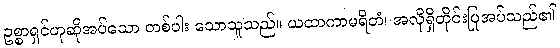
ဥစ္စာရှင်ဟုဆိုအပ်သော တစ်ပါး သောသူသည်။ ယထာကာမရိတံ၊ အလိုရှိတိုင်းပြုအပ်သည်၏